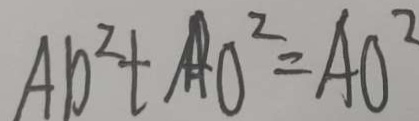
A D ^ { 2 } + A O ^ { 2 } = A O ^ { 2 }